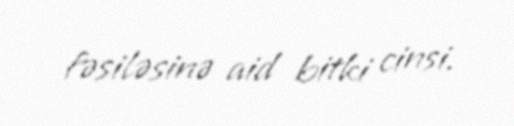
fəsiləsinə aid bitki cinsi.